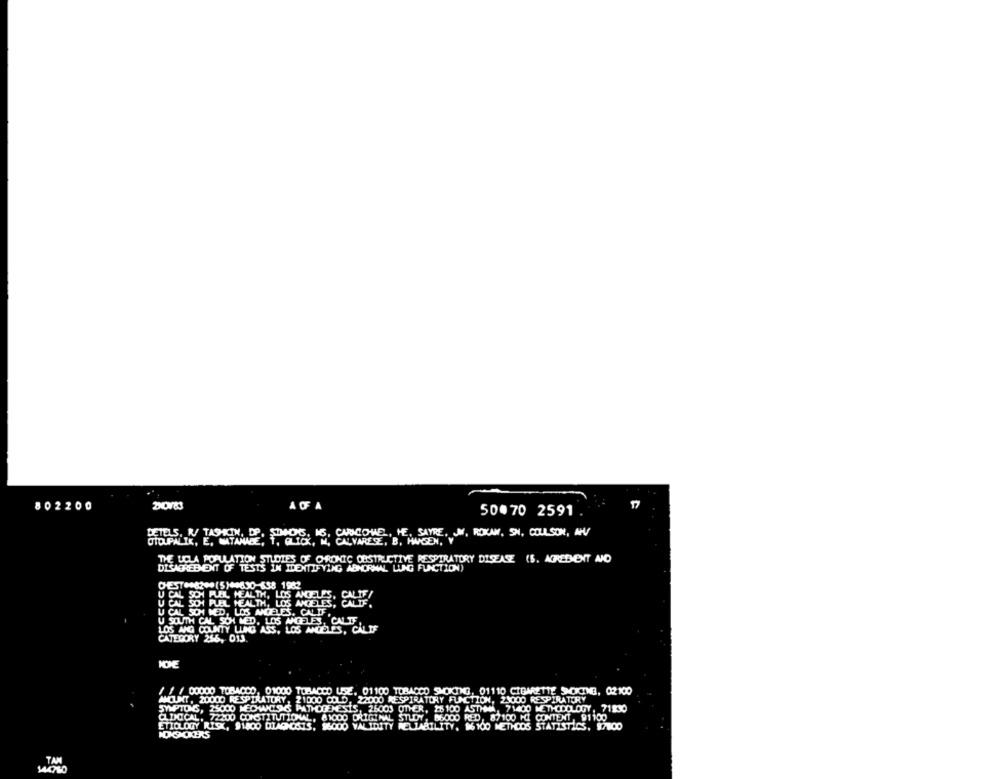
802200
A OF A
50. 70 2591
DETELS. N/ TASHIN, DP.
ARANCIONE, HE, SAYRE, JV, ROKAM, SH, COULSON, AN
OUPALIK, E. MAYANGE; +, QUOI, W; CAVAREE. B. HAGEN."
STUDIES OF ORIONIC OBSTRUCTIVE RESPIRATORY DISEASE (S. ACREDENT AND
THE LOLARDA TESTS IN IDENTIFYING ABNORMAL LUNG
U CAL SCH PLEL HEALTH, LOS ANGELES, CALIF /
U CAL SCH PUEL HEALTH, LOS MOESTES; LIFE!
U CAL SCH MED, LOS ANGELES, CALIF.
U SOUTH CAL SON MED. LOS ANGELES, CALIF.
LOS MIG COUNTY LUNG ASS, LOS ANGELES, CALIF
CATEGORY 266, 013.
NOHE
/ / / 00000 TOBACCO, 01000 TOBACCO USE. 01100 TOBACCO SHOOTING, 01110 CIGARETTE SMOCINE, 02100
AMCUINT, 20000 RESPIRATORY, 21000 COLD, 22000 RESPIRATORY FUNCTION, 21000 RESPIRATORY
SYMPTOMS, 25000 MECHANICS PATHOGENESIS, 25003 OTHER, 16 100 ASTHMA, 71400 METHODOLOGY, 71130
CLDOCAL. 72200 CONSTITUTIONAL, ANODO ORIGINAL STUDY, 86000 RED, 87100 HI CONTENT, 91100
ETIOLOGY RISK, 91800 DIAGNOSIS, 96000 VALIDITY NELLABILITY. $6100 METHODS STATISTICS, 87100